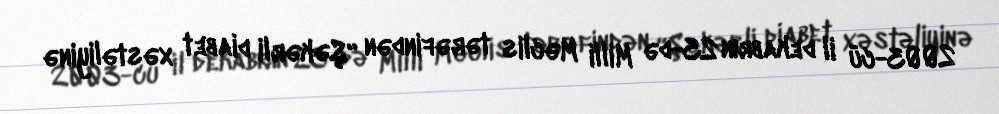
2003-cü il dekabrın 23-də Milli Məclis tərəfindən “Şəkərli diabet xəstəliyinə